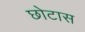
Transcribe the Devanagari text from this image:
छोटास